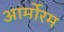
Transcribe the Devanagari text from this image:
आर्मोरम